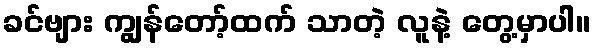
ခင်ဗျား ကျွန်တော့်ထက် သာတဲ့ လူနဲ့ တွေ့မှာပါ။